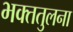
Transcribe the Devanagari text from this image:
भक्ततुलना